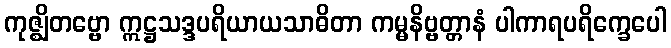
ကုဇ္ဈိတဗ္ဗော ဣဋ္ဌသဒ္ဒပရိယာယသာဓိတာ ကမ္မနိဗ္ဗတ္တာနံ ပါကာရပရိက္ခေပေါ